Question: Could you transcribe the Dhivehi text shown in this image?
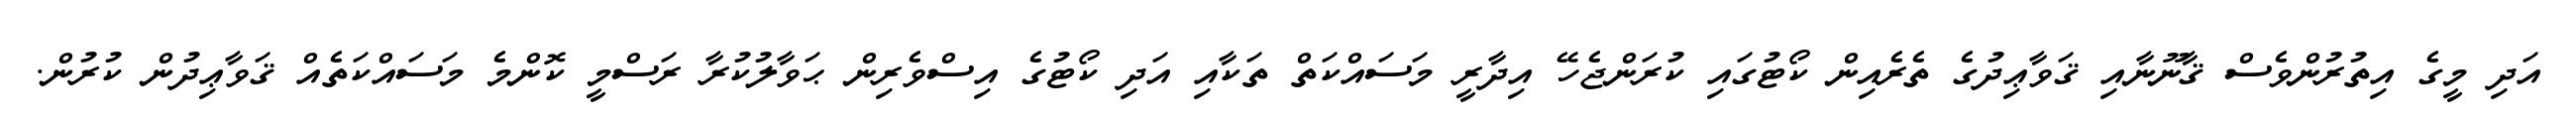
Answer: އަދި މީގެ އިތުރުންވެސް ޤާނޫނާއި ޤަވާޢިދުގެ ތެރެއިން ކޯޓުގައި ކުރަންޖެހޭ އިދާރީ މަސައްކަތް ތަކާއި އަދި ކޯޓުގެ އިސްވެރިން ޙަވާލުކުރާ ރަސްމީ ކޮންމެ މަސައްކަތެއް ޤަވާޢިދުން ކުރުން.